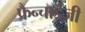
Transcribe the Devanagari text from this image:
फ्रैन्चाईज़ी